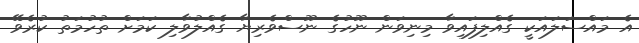
އެ މައްސަލައަކީ ގެއްލިފައިވާ މިނިވަން ނޫހުގެ ނޫސްވެރިޔާ ގެއްލުވާލި ކަމަށް ތުހުމަތު ކުރެވޭ